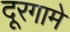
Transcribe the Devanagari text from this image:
दूरगामे